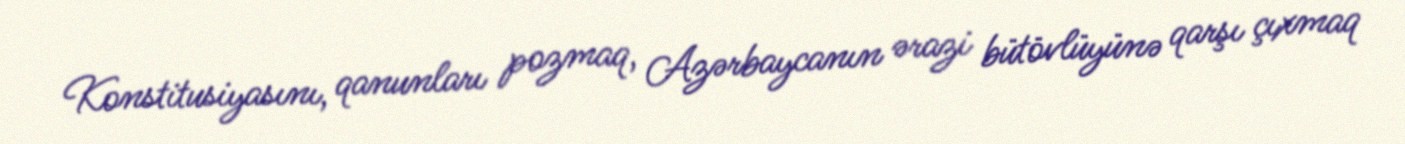
Konstitusiyasını, qanunları pozmaq, Azərbaycanın ərazi bütövlüyünə qarşı çıxmaq